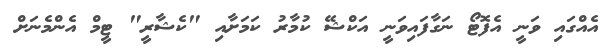
އެއްގައި ވަނީ އެފޮޓޯ ނަގާފައިވަނީ އަކްޝޭ ކުމާރު ކަމަށާއި "ކެޝާރީ" ޓީމް އެންމެނަށް